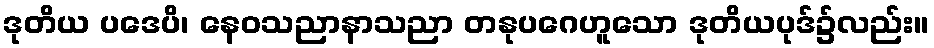
ဒုတိယ ပဒေပိ၊ နေဝသညာနာသညာ တနုပဂေဟူသော ဒုတိယပုဒ်၌လည်း။